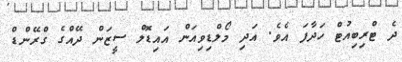
ދެ ޓްރިބިއުޓް ހަދާފަ އެވެ. އަދި މޯލްޑިވިއަން އައިޑޮލް ސީޒަން ދޭއްގެ ގްރޭންޑް